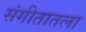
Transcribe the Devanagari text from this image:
संगीतातला